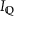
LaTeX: I _ { \mathbb { Q } }